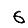
Digit: 6